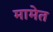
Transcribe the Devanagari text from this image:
मामेत